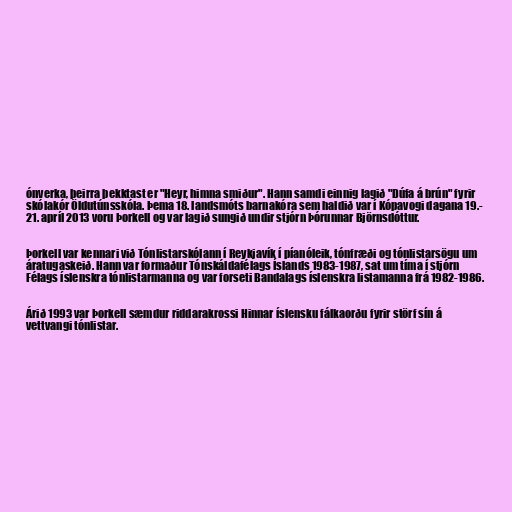
ónverka, þeirra þekktast er "Heyr, himna smiður". Hann samdi einnig lagið "Dúfa á brún" fyrir
skólakór Öldutúnsskóla. Þema 18. landsmóts barnakóra sem haldið var í Kópavogi dagana 19.-
21. apríl 2013 voru Þorkell og var lagið sungið undir stjórn Þórunnar Björnsdóttur.

Þorkell var kennari við Tónlistarskólann í Reykjavík í píanóleik, tónfræði og tónlistarsögu um
áratugaskeið. Hann var formaður Tónskáldafélags Íslands 1983-1987, sat um tíma í stjórn
Félags íslenskra tónlistarmanna og var forseti Bandalags íslenskra listamanna frá 1982-1986.

Árið 1993 var Þorkell sæmdur riddarakrossi Hinnar íslensku fálkaorðu fyrir störf sín á
vettvangi tónlistar.